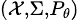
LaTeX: \scriptstyle({\mathcal{X}},\Sigma,P_{\theta})